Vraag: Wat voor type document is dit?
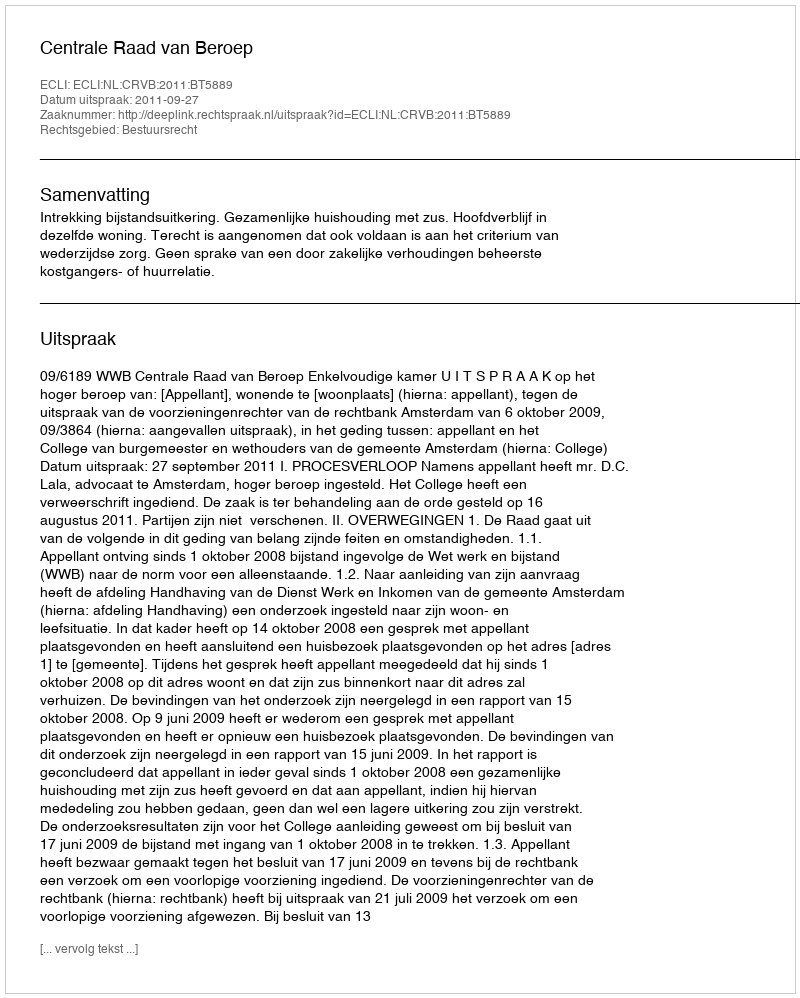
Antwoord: Uitspraak